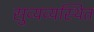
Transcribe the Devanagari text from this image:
सुव्यव्यस्थित